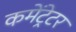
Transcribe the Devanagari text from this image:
कमेंट्रेटर